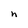
Character: h